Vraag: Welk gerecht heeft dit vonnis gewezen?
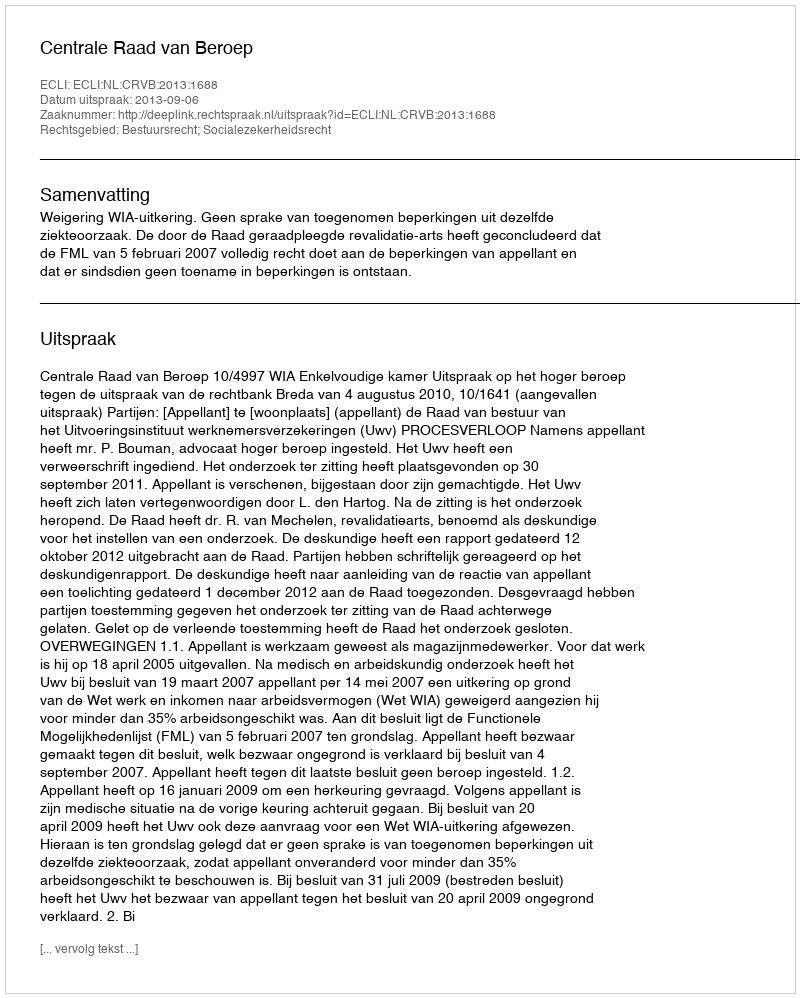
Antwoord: Centrale Raad van Beroep